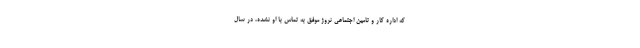
که اداره کار و تامین اجتماعی نروژ موفق به تماس با او نشده، در سال